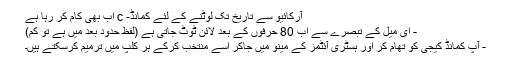
آرکائیو سے تاریخ تک لوٹنے کے لئے کمانڈ- c اب بھی کام کر رہا ہے
- ای میل کے تبصرے سے اب 80 حرفوں کے بعد لائن ٹوٹ جاتی ہے (لفظ حدود بعد میں ہے تو کم)
- آپ کمانڈ کیجی کو تھام کر اور ہسٹری آئٹمز کے مینو میں جاکر اسے منتخب کرکے ہر کلپ میں ترمیم کرسکتے ہیں۔